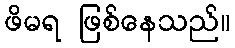
ဖိမရ ဖြစ်နေသည်။